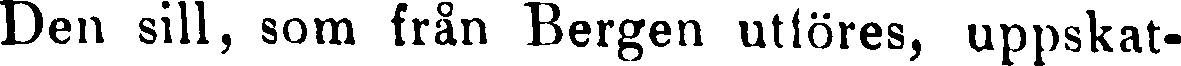
Den sill, som från Bergen uttöres, uppskat-